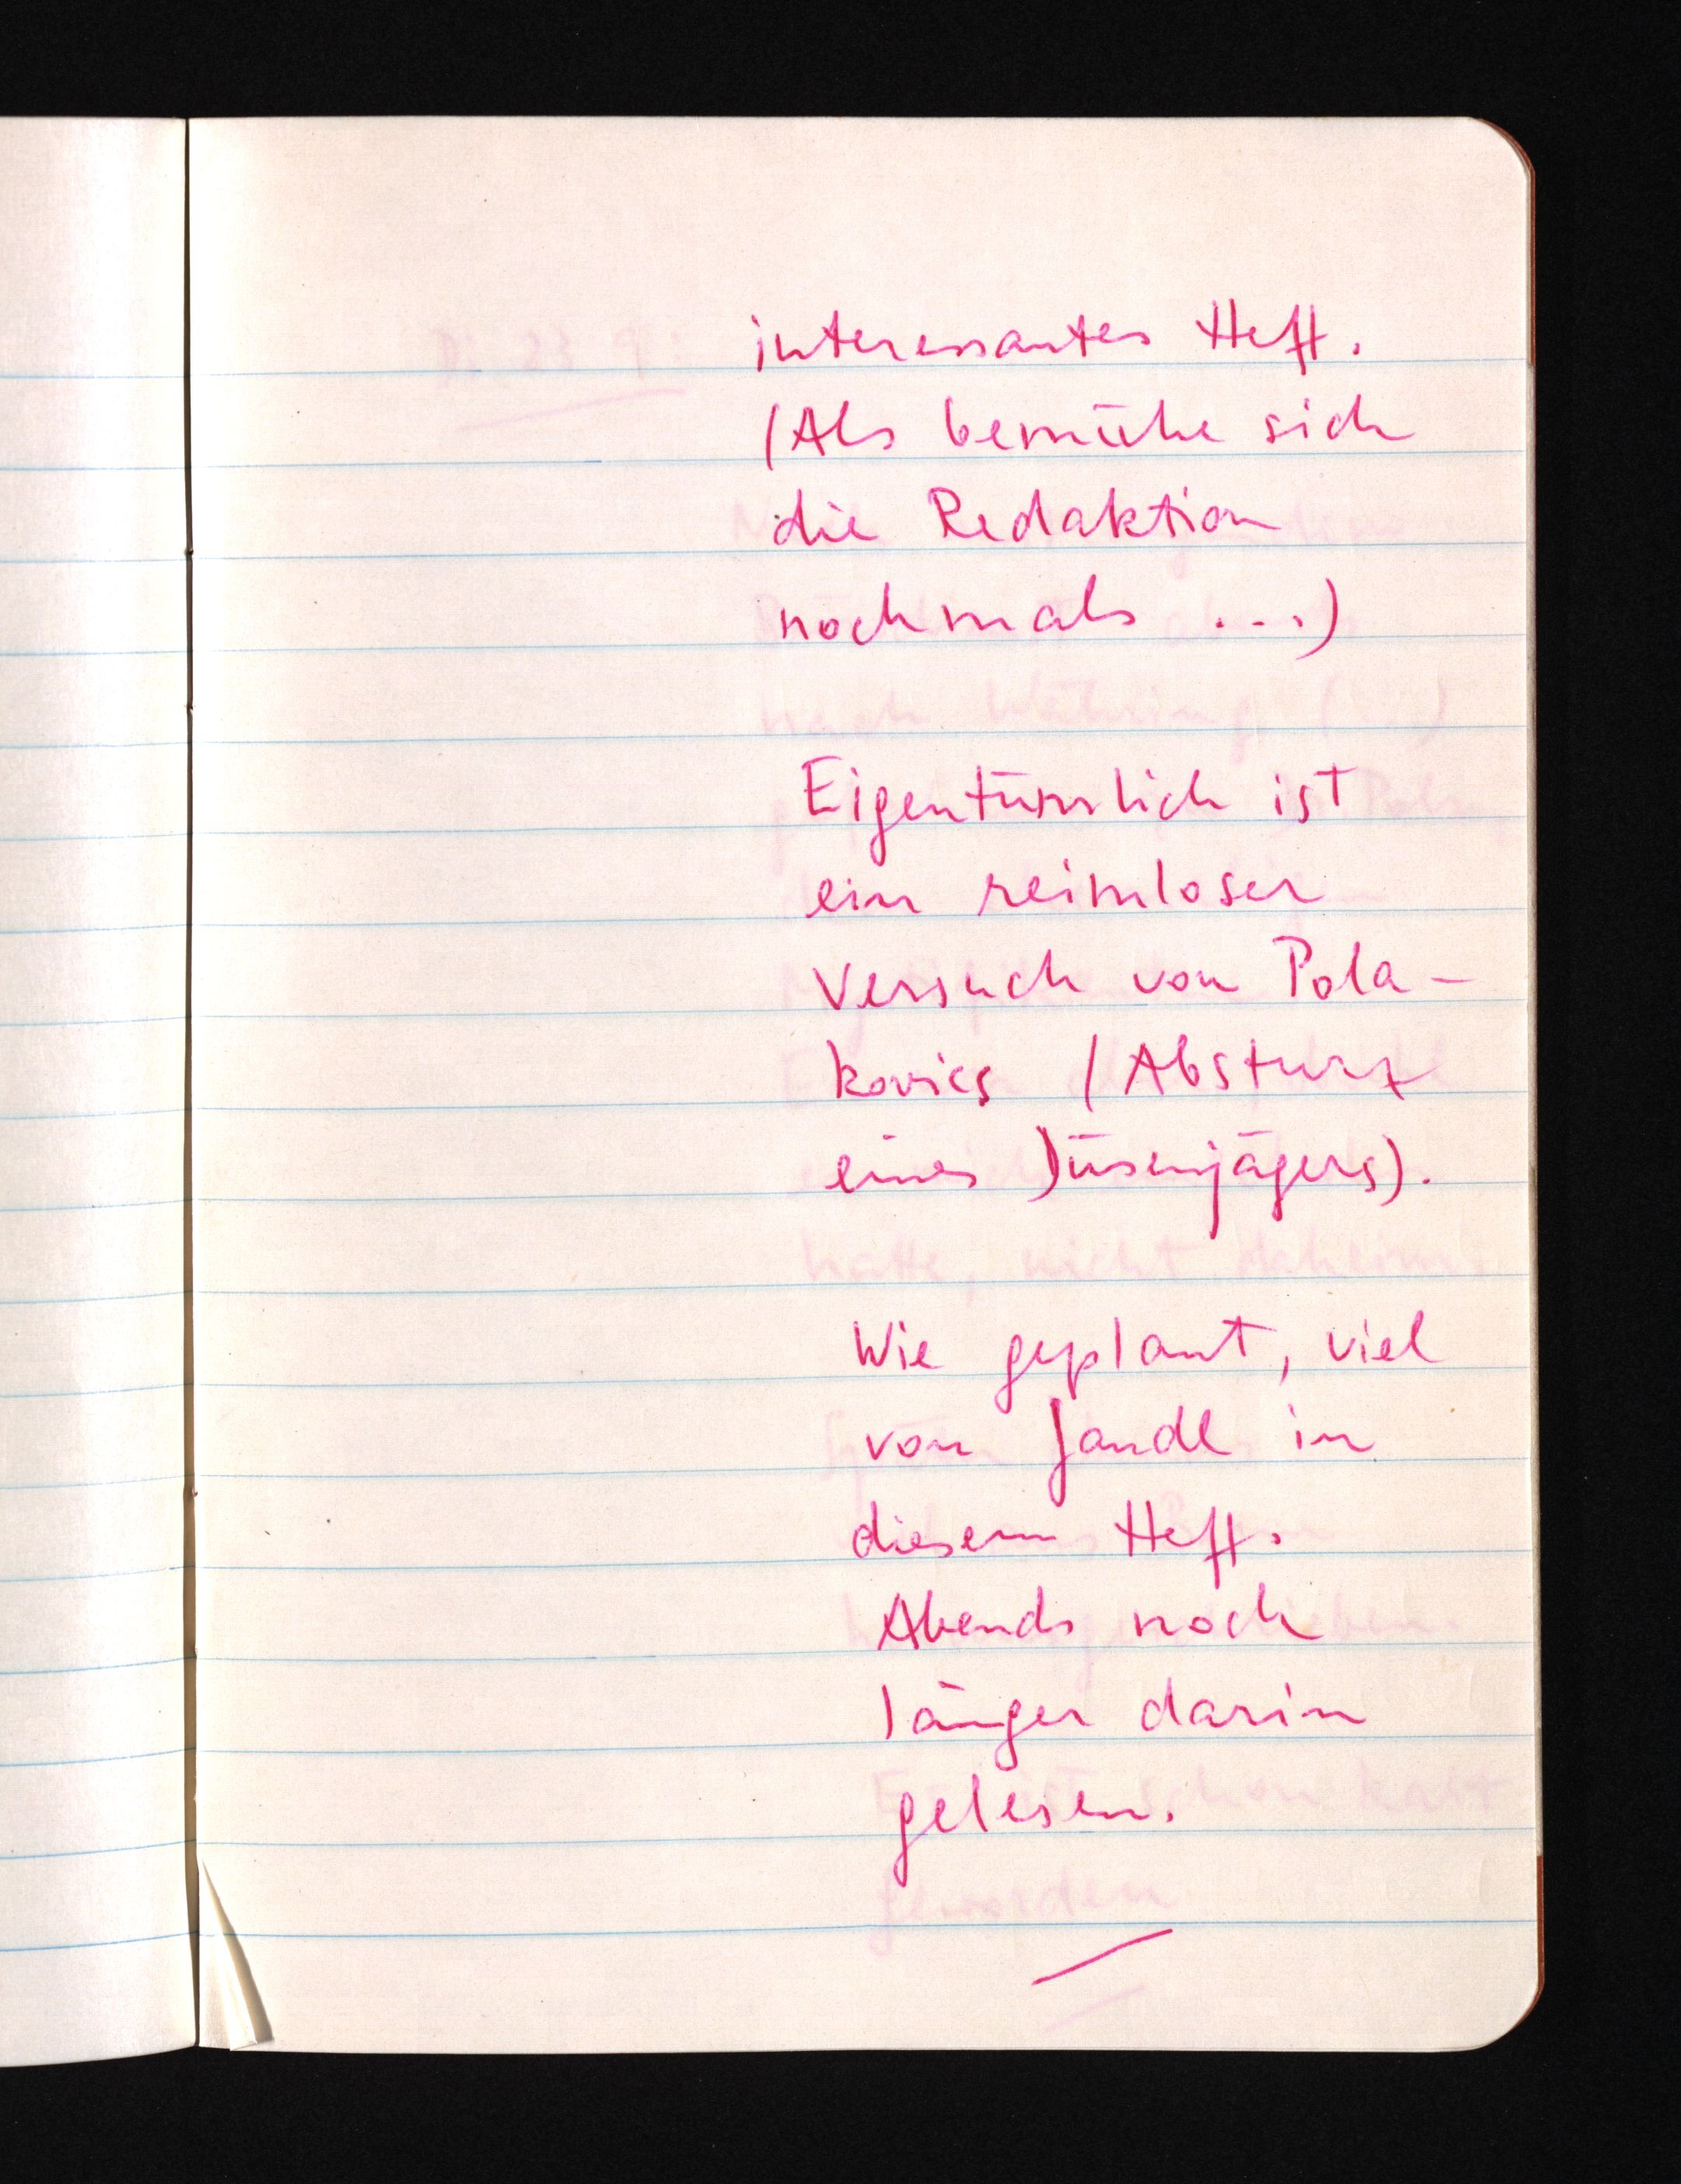
interessantes Heft.
(Als bemühe sich
die Redaktion
nochmals ...)
Eigentümlich ist
ein reimloser
Versuch von Pola¬
kovics (Absturz
eines Düsenjägers).
Wie geplant, viel
von Jandl in
diesem Heft.
Abends noch
länger darin
gelesen.